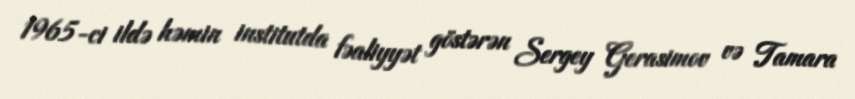
1965-ci ildə həmin institutda fəaliyyət göstərən Sergey Gerasimov və Tamara